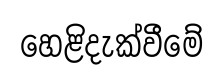
හෙළිදැක්වීමේ